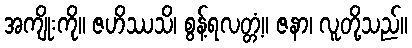
အကျိုးကို။ ဇဟိဿသိ၊ စွန့်ရလတ္တံ့။ ဇနာ၊ လူတို့သည်။